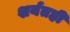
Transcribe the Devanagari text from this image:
शर्यतही